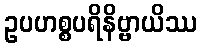
ဥပဟစ္စပရိနိဗ္ဗာယိဿ